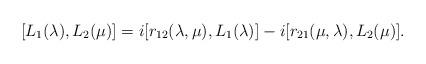
LaTeX: \begin{align*}[L\sb 1(\lambda), L\sb 2(\mu)] = i[r\sb{12}(\lambda,\mu), L\sb1(\lambda)] -i[r\sb{21}(\mu ,\lambda),L\sb 2(\mu)].\end{align*}